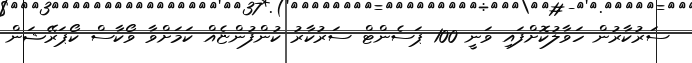
ސަރުކާރުން ހަވާލުކޮށްފައި ވަނީ 100 ޕަސެންޓް ސަރުކާރު ކުންފުންޏެއް ކަމަށްވާ ވޯކާސް ކޯޕަރޭޝަން